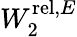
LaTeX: W_{2}^{\mathrm{rel},E}